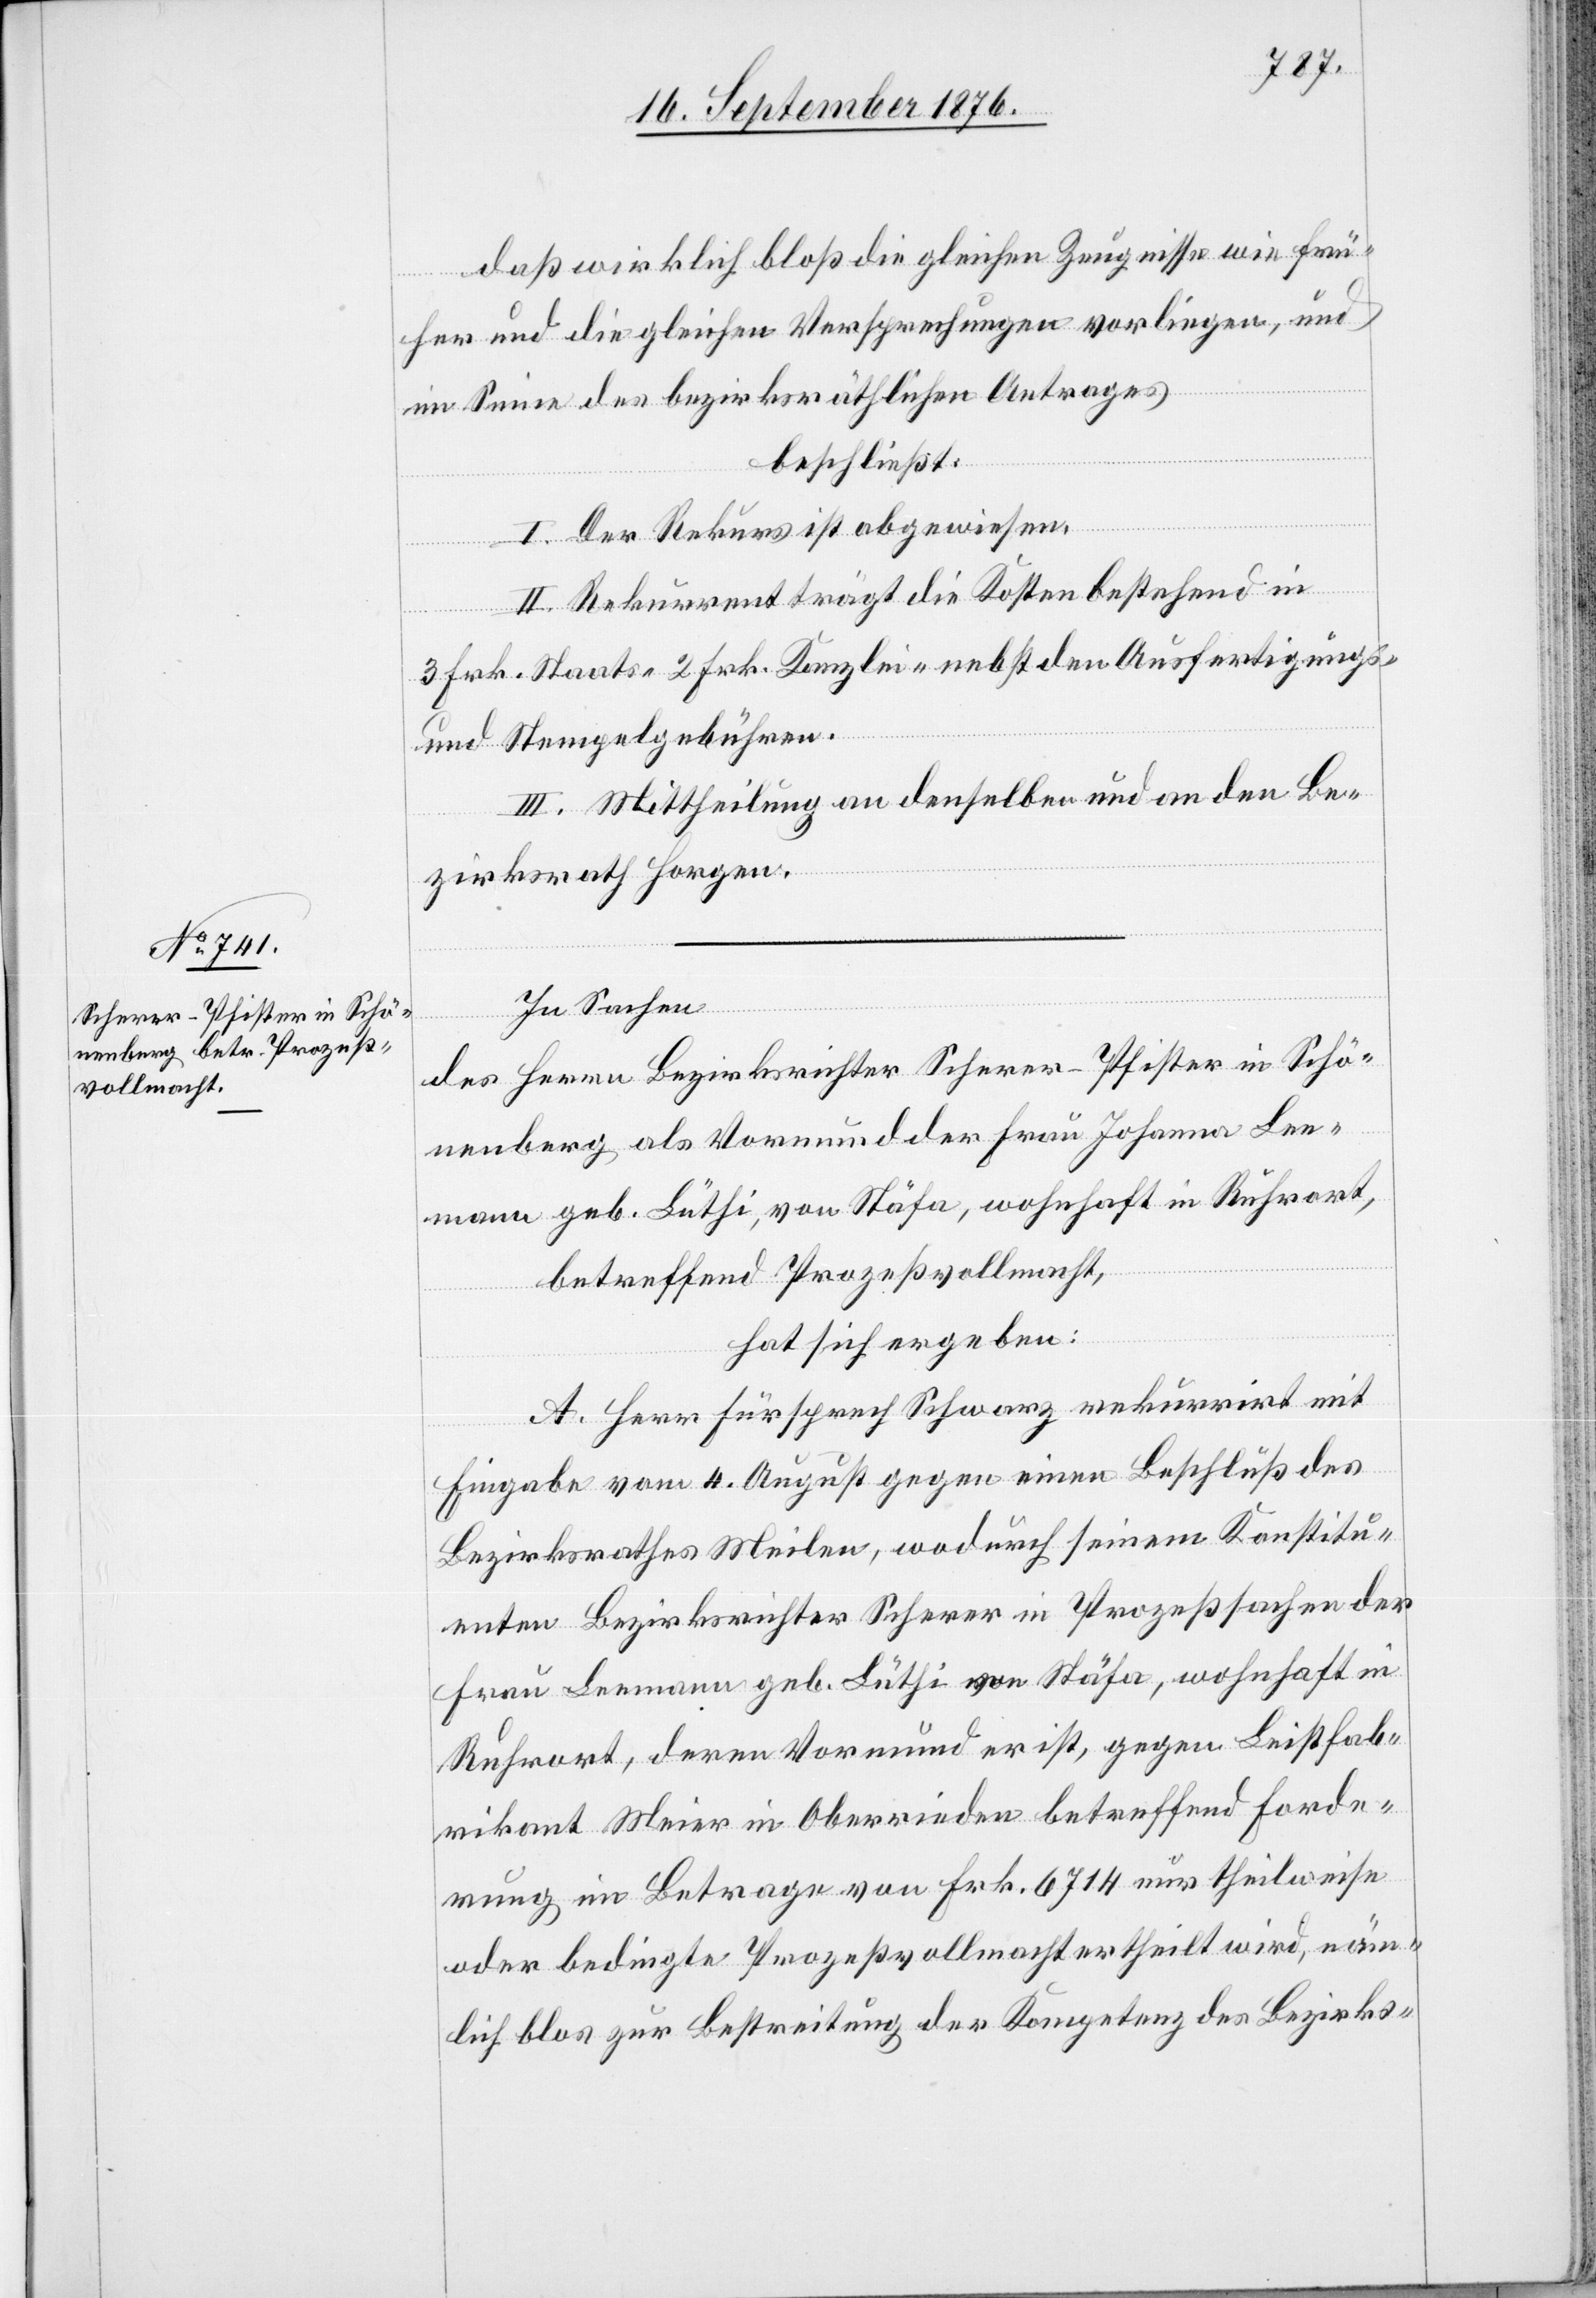
daß wirklich bloß die gleichen Zeugnisse wie frü¬
her und die gleichen Versprechungen vorliegen, und
im Sinne des bezirksräthlichen Antrages
beschließt:
I. Der Rekurs ist abgewiesen.
II. Rekurrent trägt die Kosten bestehend in
3 Frk. Staats- 2 Frk. Kanzlei- nebst den Ausfertigungs-
und Stempelgebühren.
III. Mittheilung an denselben und an den Be¬
zirksrath Horgen.
In Sachen
des Herrn Bezirksrichter Scherer-Pfister in Schö¬
nenberg als Vormund der Frau Johanna Lee¬
mann geb. Lützhi, von Stäfa, wohnhaft in Ruhrort,
betreffend Prozeßvollmacht,
hat sich ergeben:
A. Herr Fürsprech Schwarz rekurrirt mit
Eingabe vom 4. August gegen einen Beschluß des
Bezirksrathes Meilen, wodurch seinem Konstitu¬
enten Bezirksrichter Scherer in Prozeßsachen der
Frau Leemann geb. Lüthi von Stäfa, wohnhaft in
Ruhrort, deren Vormund er ist, gegen Leistfab¬
rikant Meier in Oberrieden betreffend Forde¬
rung im Betrage von Frk. 6714 nur theilweise
oder bedingte Prozeßvollmacht ertheilt wird, näm¬
lich bloß zur Bestreitung der Kompetenz des Bezirks-